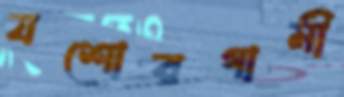
যশোরগামী